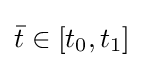
{\bar {t}}\in [t_{0},t_{1}]